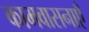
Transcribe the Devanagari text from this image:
कामवासनाएँ